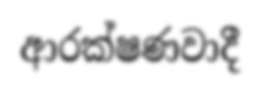
ආරක්ෂණවාදී